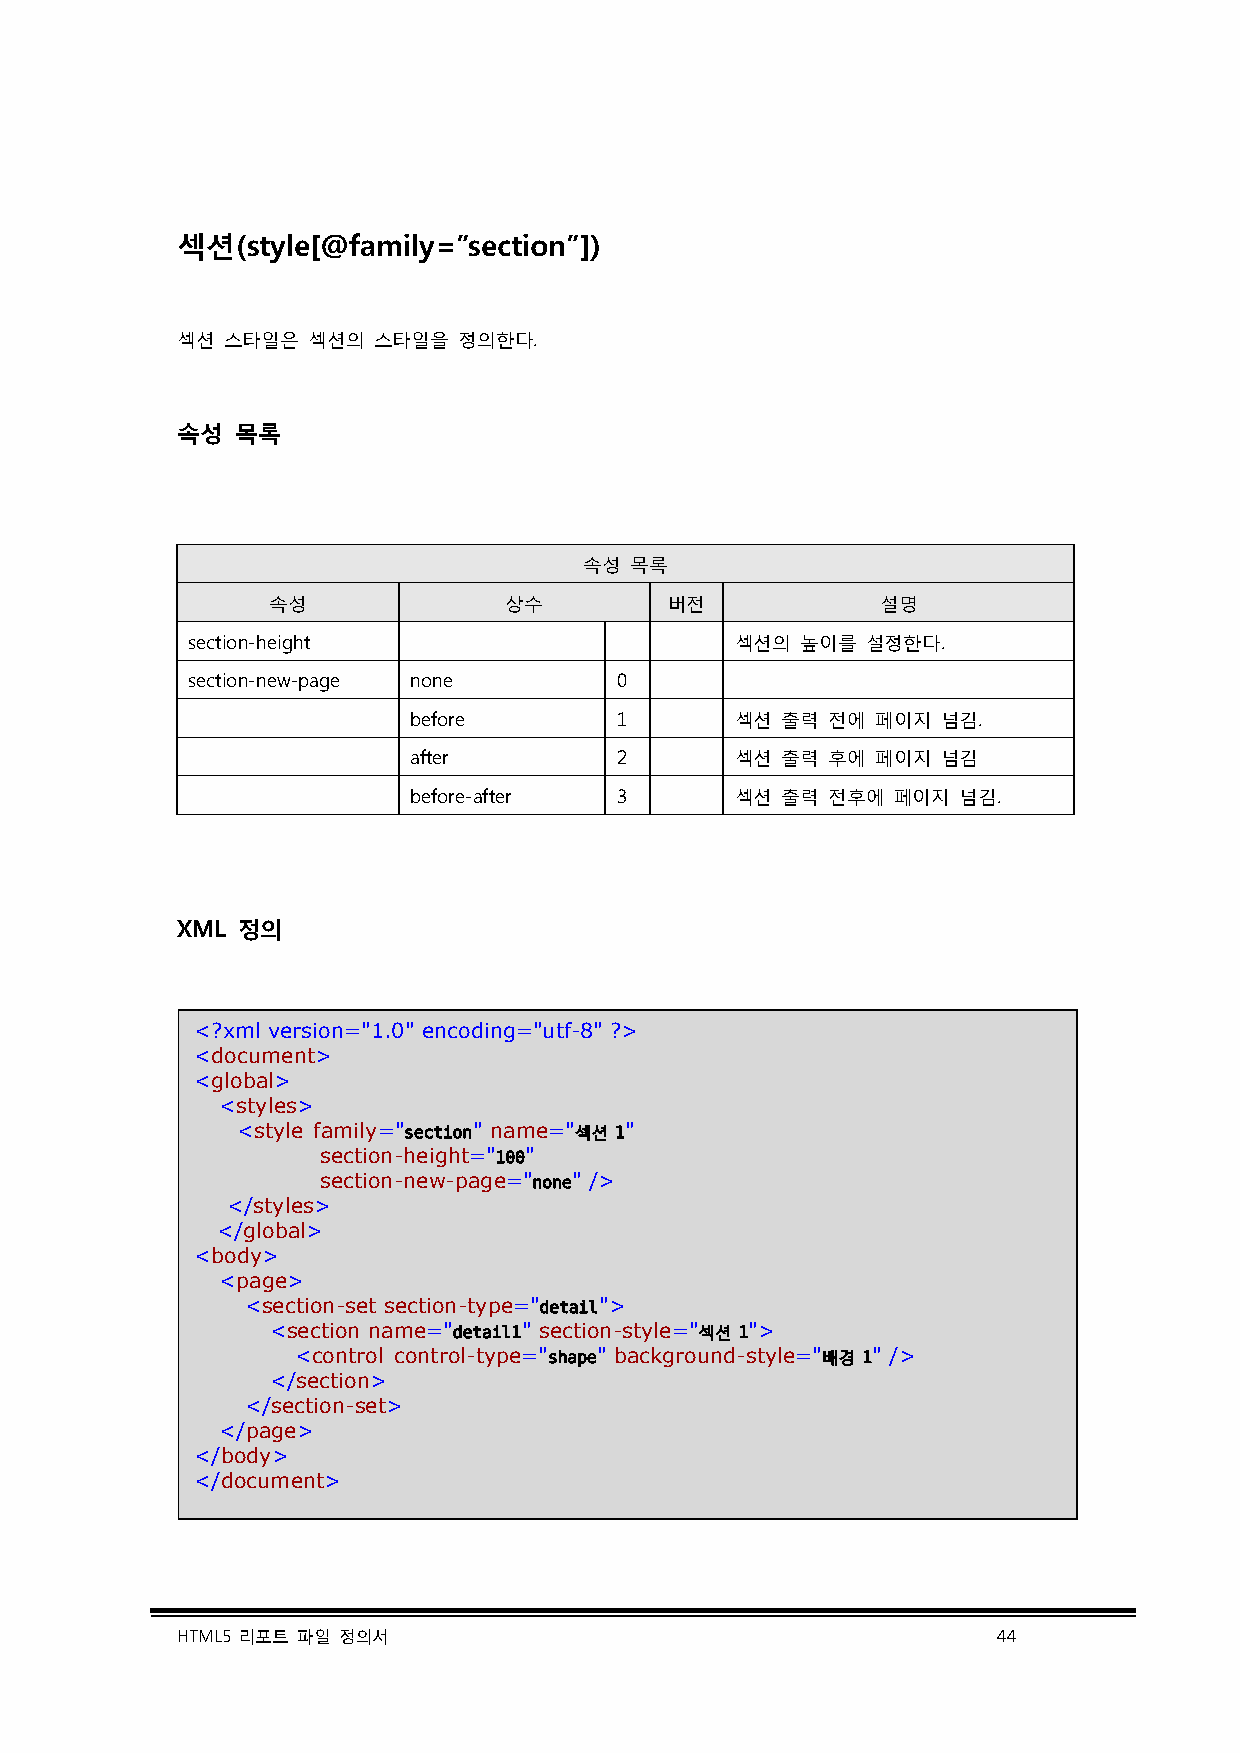
섹션(style[@family=”section”])
 섹션 스타일은 섹션의  스타일을 정의한다.
 속성  목록
 속성 목록
 속성             상수         버전            설명
 section-height                       섹션의 높이를 설정한다.
 section-new-page none        0
 before        1       섹션 출력 전에 페이지 넘김.
 after         2       섹션 출력 후에 페이지 넘김
 before-after  3       섹션 출력 전후에 페이지 넘김.
 XML 정의
 <?xml version="1.0" encoding="utf-8" ?>
 <document>
 <global>
 <styles>
 <style family="section" name="섹션 1"
 section-height="100"
 section-new-page="none" />
 </styles>
 </global>
 <body>
 <page>
 <section-set section-type="detail">
 <section name="detail1" section-style="섹션 1">
 <control control-type="shape" background-style="배경 1" />
 </section>
 </section-set>
 </page>
 </body>
 </document>
 HTML5 리포트 파일 정의서                                      44